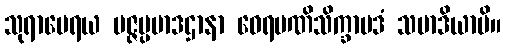
သုရာမေရယ မဇ္ဇပ္ပမာဒဌာနာ ဝေရမဏိသိက္ခာပဒံ သမာဒိယာမိ။